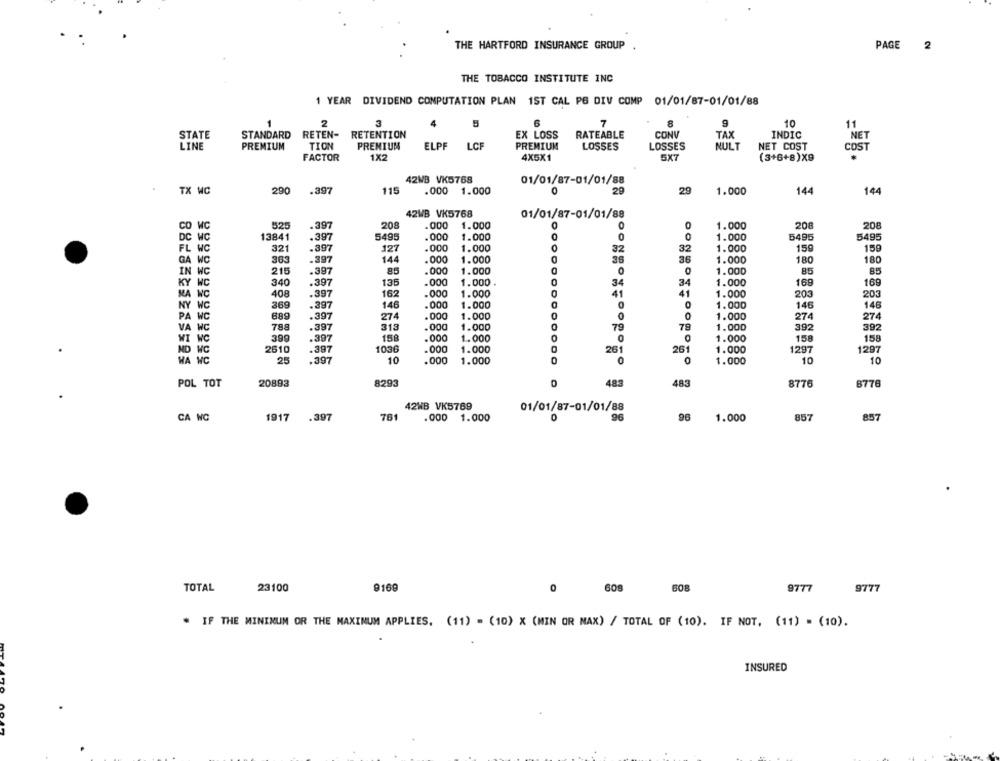
THE HARTFORD INSURANCE GROUP
PAGE 2
THE TOBACCO INSTITUTE INC
1 YEAR DIVIDEND COMPUTATION PLAN 1ST CAL PG DIV COMP 01/01/87-01/01/88
1
2
3
5
6
7
9
10
11
STATE
STANDARD
RETEN-
RETENTION
EX LOSS
RATEABLE
CONV
TAX
INDIC
NET
TION
PRENIUM
LINE
PREMIUM
ELPF
LCF
PREMIUM
LOSSES
LOSSES
NULT
NET COST
COST
FACTOR
1X2
4X5X1
5X7
(3+6+8)X9
42WB VK5768
TX WC
290
.397
115
.000
1.000
01/01/87-01/01/88
0
29
29
1.000
144
144
42WB VK5768
01/01/87-01/01/88
CO WC
525
.397
208
.000
1.000
1.000
208
208
DC WC
13841
.397
5495
.000
1.000
1.000
5495
5495
FL WC
321
-397
127
.000
1.000
32
32
1.000
15g
159
363
.397
144
.000
1.000
36
1.000
180
180
GA WC
36
IN WC
215
.397
85
.000
1.000
0
1.000
85
85
340
.397
135
.000
1.000
1.000
169
169
Y WC
34
34
NA WC
408
.397
162
.000
1.000
41
41
1.000
203
203
369
146
.000
1.000
1.000
146
146
NY WC
.397
WC
889
.397
274
.000
1.000
0
1.000
274
274
VA WC
788
.397
313
.000
1.000
79
79
1.000
392
392
158
WI WC
399
.397
.000
1.000
1.000
158
158
ND MC
2610
.397
1036
.000
1.000
261
261
1.000
1297
1297
WA MC
25
.397
10
.000
1.000
0
0
1.000
10
10
POL TOT
20893
8293
483
483
8776
8776
42WB VK5769
01/01/87-01/01/88
CA WC
1917
.397
761
.000
1.000
96
1.000
857
857
TOTAL
23100
9169
0
608
508
9777
9777
* IF THE MINIMUM OR THE MAXINUM APPLIES. (11) = (10) X (MIN OR MAX) / TOTAL OF (10). IF NOT. (11) = (10).
INSURED
AGO